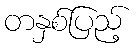
တနှစ်ပြည့်